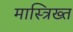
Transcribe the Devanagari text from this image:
मास्त्रिख्त